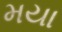
મયા